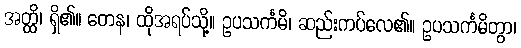
အတ္ထိ၊ ရှိ၏။ တေန၊ ထိုအရပ်သို့။ ဥပသင်္ကမိ၊ ဆည်းကပ်လေ၏။ ဥပသင်္ကမိတွာ၊